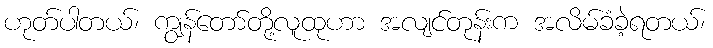
ဟုတ်ပါတယ်၊ ကျွန်တော်တို့လူထုဟာ အလျင်တုန်းက အလိမ်ခံခဲ့ရတယ်၊